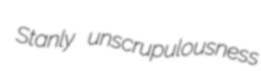
Stanly unscrupulousness